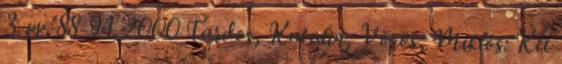
3. pp. 88-94. 2000 Tardos, Katalin; Vörös, Miklós: Két